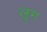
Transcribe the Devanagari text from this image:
लूग